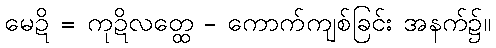
မေဍိ = ကုဍိလတ္ထေ - ကောက်ကျစ်ခြင်း အနက်၌။